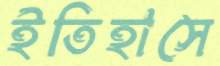
ইতিহাসে